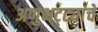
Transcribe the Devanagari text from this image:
अणुभट्ट्यांचे